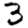
Digit: 3